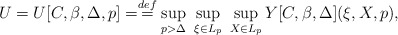
\begin{align*} U = U[C, \beta,\Delta,p] = \stackrel{def}{=} \sup_{p > \Delta} \ \sup_{\xi \in L_p} \ \sup_{X \in L_p} Y[C,\beta, \Delta](\xi, X,p),\end{align*}